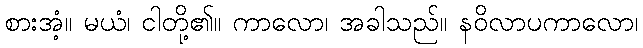
စားအံ့။ မယံ၊ ငါတို့၏။ ကာလော၊ အခါသည်။ နဝိလာပကာလော၊